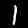
Label: 1